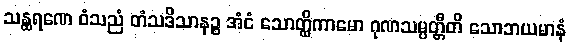
သန္ထရဏေ ဝံသညံ တံသဒိသာနဉ္စ အံငံ သောတ္ထိကာမော ဂုဏသမ္ပတ္တီတိ သောဘယမာနံ